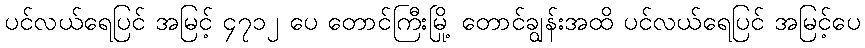
ပင်လယ်ရေပြင် အမြင့် ၄၇၁၂ ပေ တောင်ကြီးမြို့ တောင်ချွန်းအထိ ပင်လယ်ရေပြင် အမြင့်ပေ